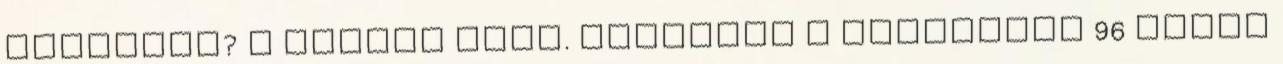
lapáttal? A válasz igen. Elegendő a területet 96 darab